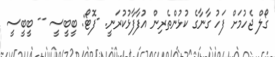
ގޯލް ޖެހުމަށް ފަހު ގާނާގެ ކުޅުންތެރިން އުފާފާޅުކުރަނީ. -ފޮޓޯ: ބީބީސީ -- ބީބީސީ